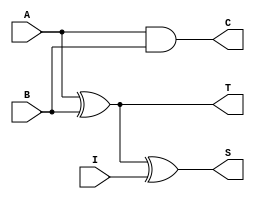
// Copyright (C) 2018  Intel Corporation. All rights reserved.
// Your use of Intel Corporation's design tools, logic functions 
// and other software and tools, and its AMPP partner logic 
// functions, and any output files from any of the foregoing 
// (including device programming or simulation files), and any 
// associated documentation or information are expressly subject 
// to the terms and conditions of the Intel Program License 
// Subscription Agreement, the Intel Quartus Prime License Agreement,
// the Intel FPGA IP License Agreement, or other applicable license
// agreement, including, without limitation, that your use is for
// the sole purpose of programming logic devices manufactured by
// Intel and sold by Intel or its authorized distributors.  Please
// refer to the applicable agreement for further details.

// PROGRAM		"Quartus Prime"
// VERSION		"Version 18.0.0 Build 614 04/24/2018 SJ Lite Edition"
// CREATED		"Mon Oct 28 16:27:28 2019"

module nadder_1b(
	A,
	B,
	I,
	T,
	C,
	S
);


input wire	A;
input wire	B;
input wire	I;
output wire	T;
output wire	C;
output wire	S;

wire	SYNTHESIZED_WIRE_0;

assign	T = SYNTHESIZED_WIRE_0;



assign	SYNTHESIZED_WIRE_0 = A ^ B;

assign	C = A & B;

assign	S = SYNTHESIZED_WIRE_0 ^ I;


endmodule